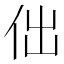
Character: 㑁